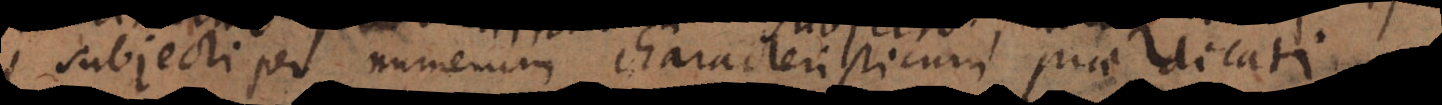
subjecti per numerum characteristicum praedicati.